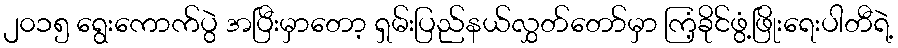
၂၀၁၅ ရွေးကောက်ပွဲ အပြီးမှာတော့ ရှမ်းပြည်နယ်လွှတ်တော်မှာ ကြံ့ခိုင်ဖွံ့ဖြိုးရေးပါတီရဲ့